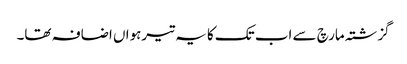
گزشتہ مارچ سے اب تک کا یہ تیرہواں اضافہ تھا۔